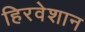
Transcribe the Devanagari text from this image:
हिरवेशान